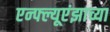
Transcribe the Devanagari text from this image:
एन्फ्ल्यूएंझाच्या